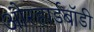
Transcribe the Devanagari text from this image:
औरहार्डबॉडी